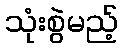
သုံးစွဲမည့်